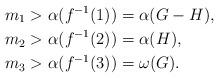
LaTeX: \begin{align*}m_1>\alpha(f^{-1}(1))&=\alpha(G- H),\\m_2>\alpha(f^{-1}(2))&=\alpha(H),\\m_3>\alpha(f^{-1}(3))&=\omega(G).\end{align*}